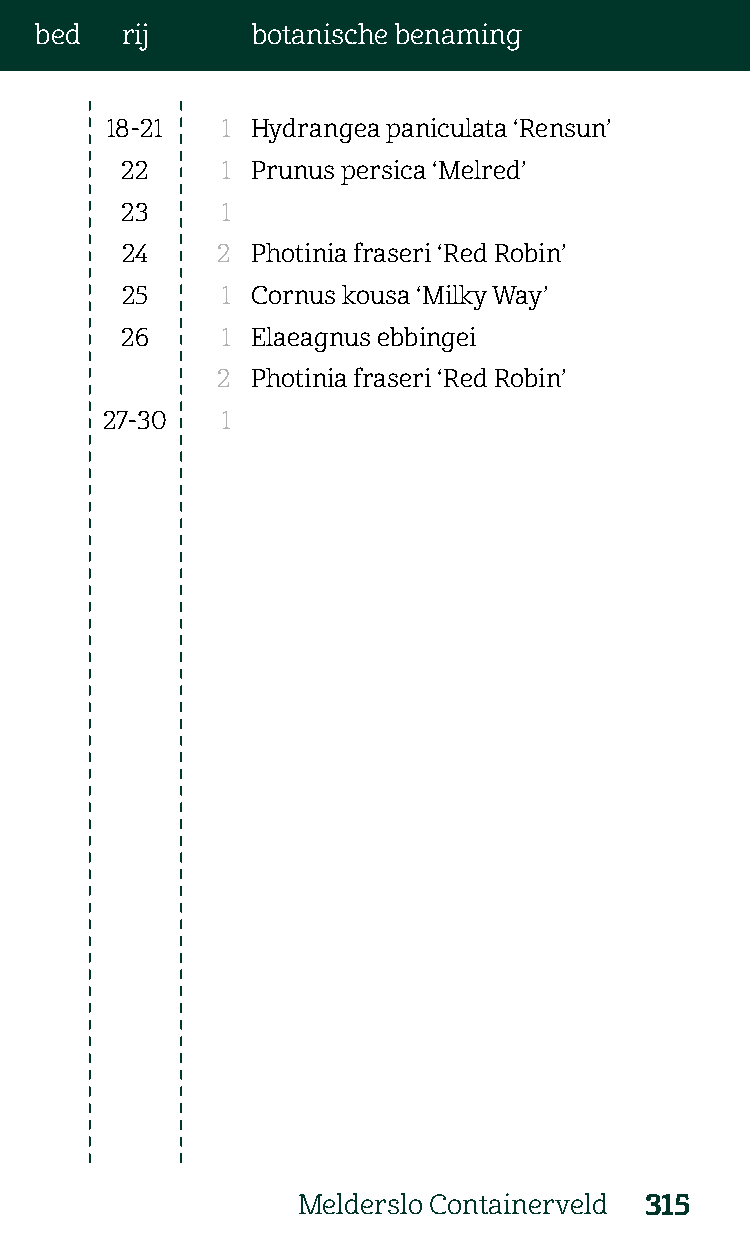
bed   rij      botanische benaming
 18-21   1 Hydrangea paniculata ‘Rensun’
 22     1 Prunus persica ‘Melred’
 23     1
 24    2  Photinia fraseri ‘Red Robin’
 25     1 Cornus kousa ‘Milky Way’
 26     1 Elaeagnus ebbingei
 2  Photinia fraseri ‘Red Robin’
 27-30   1
 Melderslo Containerveld 315